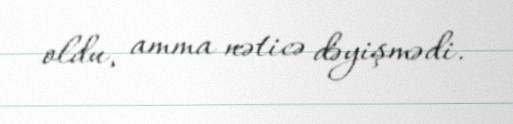
oldu, amma nəticə dəyişmədi.